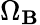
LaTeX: \Omega_{\mathbf{B}}